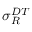
\sigma _ { R } ^ { D T }